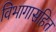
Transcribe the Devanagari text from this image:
विभागासहित